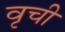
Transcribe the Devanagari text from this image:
वृची